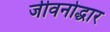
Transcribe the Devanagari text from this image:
जीवनोद्धार